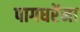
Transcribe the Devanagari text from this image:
पागधरेंना